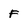
Character: F